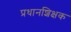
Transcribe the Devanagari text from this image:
प्रधानशिक्षक